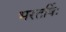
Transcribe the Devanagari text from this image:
भरतर्षिः